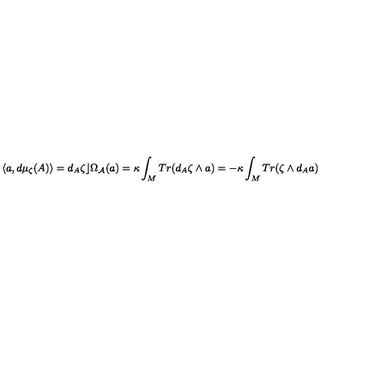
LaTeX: \langle a , d \mu _ { \zeta } ( A ) \rangle = d _ { A } \zeta \rfloor \Omega _ { { \cal A } } ( a ) = \kappa \int _ { M } T r ( d _ { A } \zeta \wedge a ) = - \kappa \int _ { M } T r ( \zeta \wedge d _ { A } a )